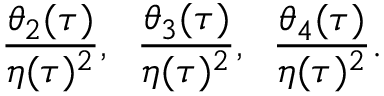
\frac { \theta _ { 2 } ( \tau ) } { \eta ( \tau ) ^ { 2 } } , \; \; \frac { \theta _ { 3 } ( \tau ) } { \eta ( \tau ) ^ { 2 } } , \; \; \frac { \theta _ { 4 } ( \tau ) } { \eta ( \tau ) ^ { 2 } } .